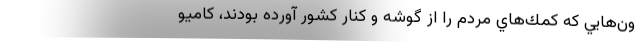
ون‌هايي كه كمك‌هاي مردم را از گوشه و كنار كشور آورده بودند، كاميو